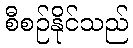
စီစဉ်နိုင်သည်